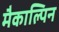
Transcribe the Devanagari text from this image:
मैकाल्पिन